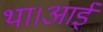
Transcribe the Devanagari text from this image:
था।आई